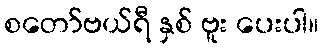
စတော်ဗယ်ရီ နှစ် ဗူး ပေးပါ။